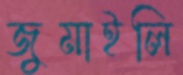
জুমাইলি